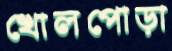
খোলপোড়া